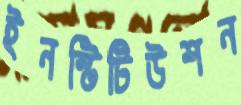
ইনস্টিটিউশন